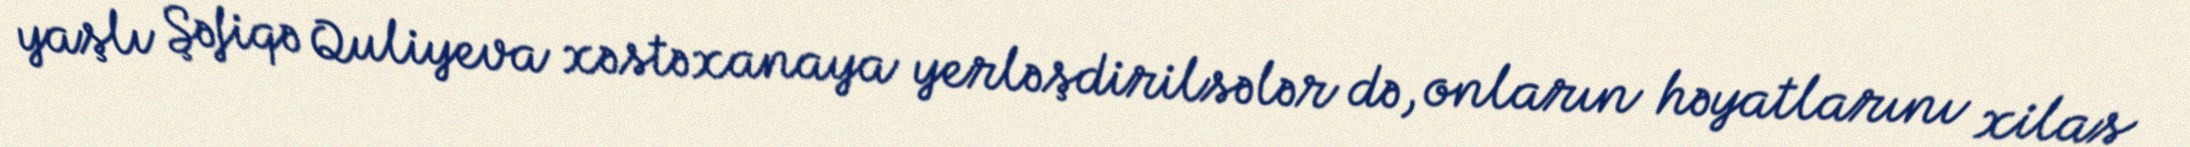
yaşlı Şəfiqə Quliyeva xəstəxanaya yerləşdirilsələr də, onların həyatlarını xilas